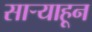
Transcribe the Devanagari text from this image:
साऱ्याहून